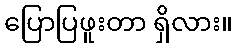
ပြောပြဖူးတာ ရှိလား။